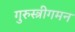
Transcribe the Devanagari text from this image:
गुरुस्त्रीगमन